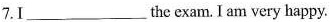
7.I___the exam.I am very happy.